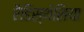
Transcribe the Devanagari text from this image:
रैडिस्थेसिया